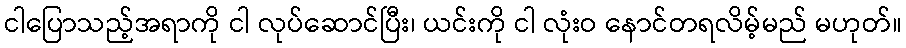
ငါပြောသည့်အရာကို ငါ လုပ်ဆောင်ပြီး၊ ယင်းကို ငါ လုံးဝ နောင်တရလိမ့်မည် မဟုတ်။